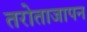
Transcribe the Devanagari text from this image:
तरोताजापन